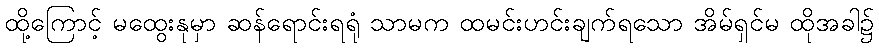
ထို့ကြောင့် မထွေးနုမှာ ဆန်ရောင်းရရုံ သာမက ထမင်းဟင်းချက်ရသော အိမ်ရှင်မ ထိုအခါ၌